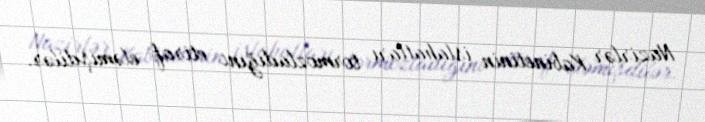
Nazirlər Kabinetinin islahatları tormozladığını etiraf eləmişdilər.